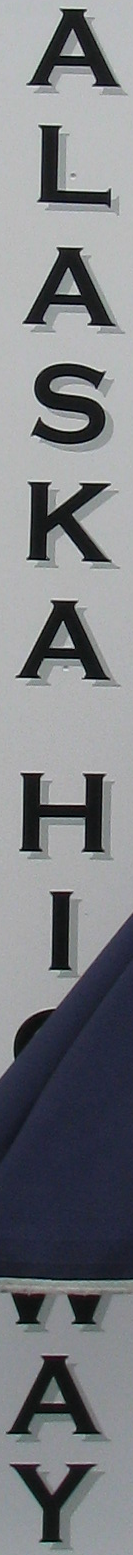
ALASKA HI AY